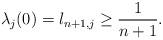
LaTeX: \begin{align*}\lambda_j(0)=l_{n+1,j}\geq \frac{1}{n+1}. \end{align*}